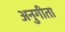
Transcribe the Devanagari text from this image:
अनुगीता